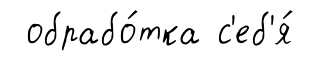
обрабо́тка с'еб'я́